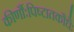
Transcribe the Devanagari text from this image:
कीर्णौःपिष्टातकौधैः